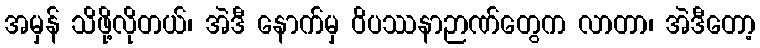
အမှန် သိဖို့လိုတယ်၊ အဲဒီ နောက်မှ ဝိပဿနာဉာဏ်တွေက လာတာ၊ အဲဒီတော့